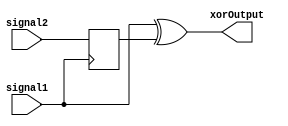
module TimingControlAndSyncBlock (
    input wire signal1,
    input wire signal2,
    output reg xorOutput
);

reg delayedSignal2;

always @(posedge signal1)
begin
    delayedSignal2 <= signal2;
end

always @(*)
begin
    xorOutput <= signal1 ^ delayedSignal2;
end

endmodule